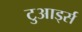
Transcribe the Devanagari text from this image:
टुआर्ड्स